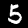
Label: 5